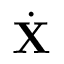
{ \dot { \bf X } }